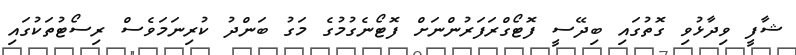
ޝާފީ ވިދާޅުވި ގޮތުގައި ބިދޭސީ ފޮޓޯގްރަފަރުންނަށް ފޮޓޯނެގުމުގެ މަގު ބަންދު ކުރިނަމަވެސް ރިސޯޓުތަކުގައި